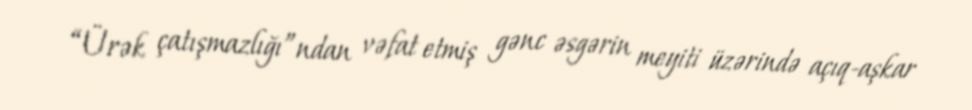
“Ürək çatışmazlığı”ndan vəfat etmiş gənc əsgərin meyiti üzərində açıq-aşkar